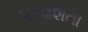
પરવશતા